Bréfritari: Þuríður Hallgrímsdóttir
Viðtakandi: Sólveig Jónsdóttir
Dagsetning: A-1851-01-08
Skrifað á: Kirkjubæ  N-Múl.
Sólveig var dóttir Þuríðar

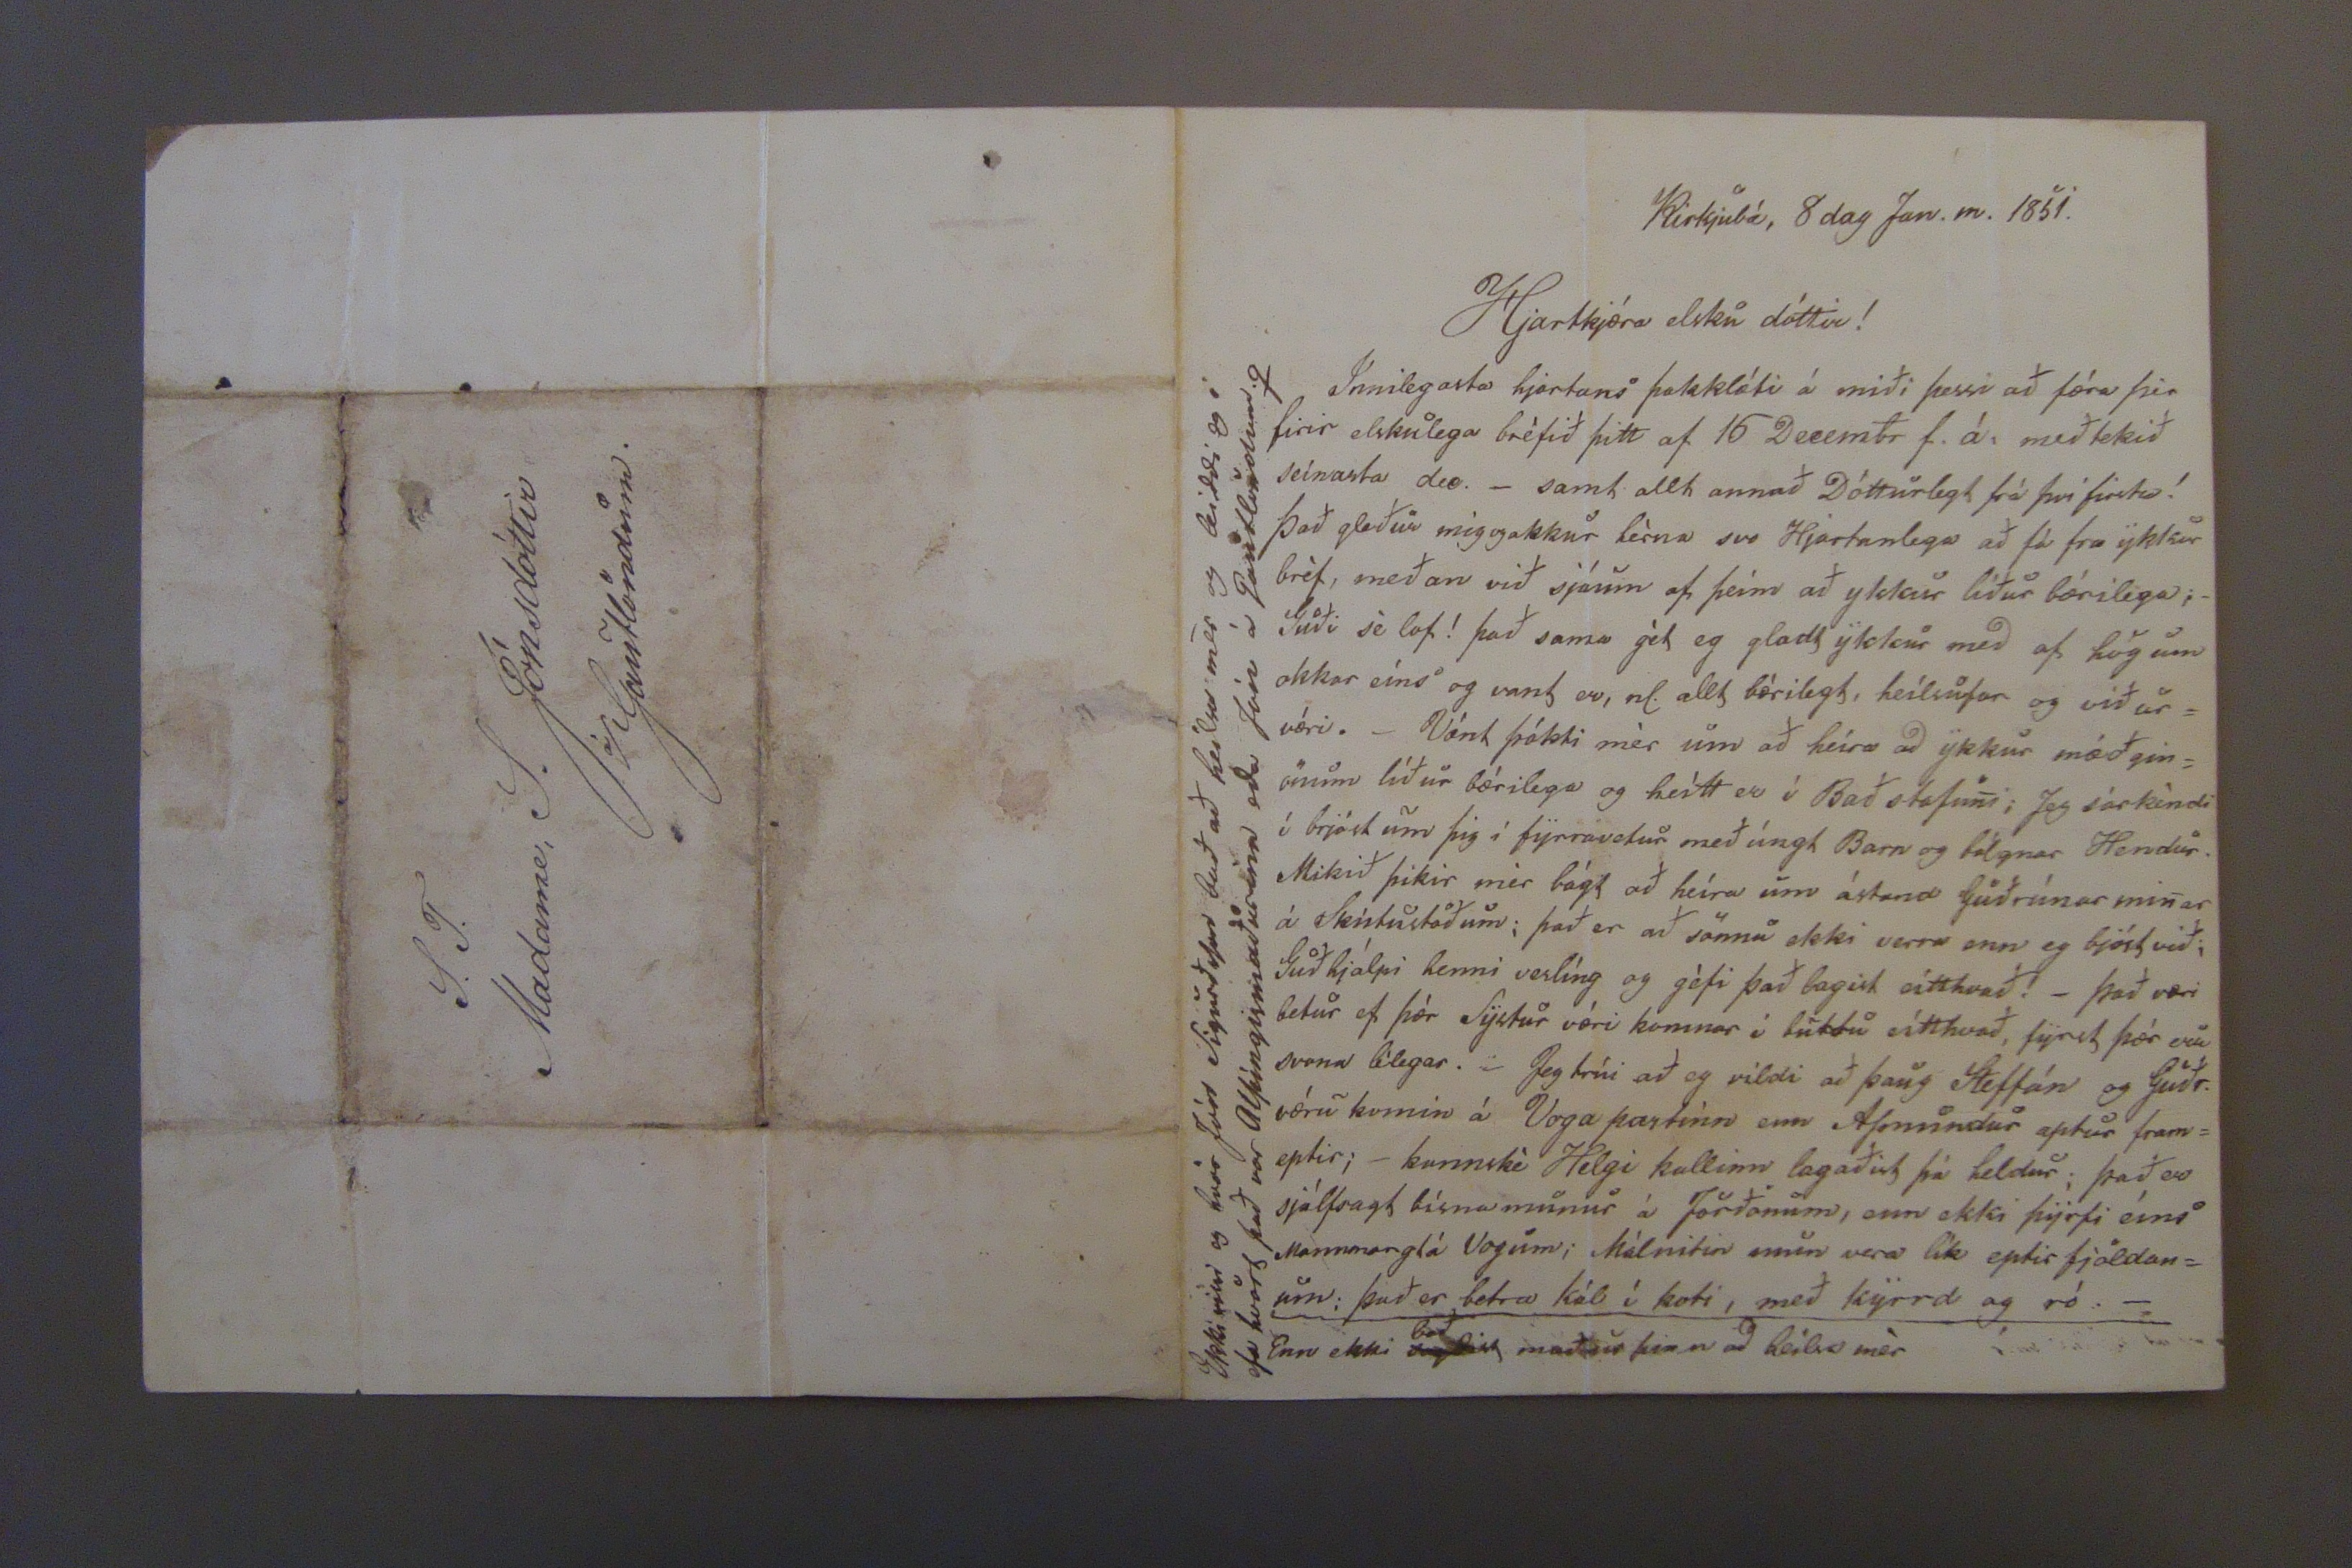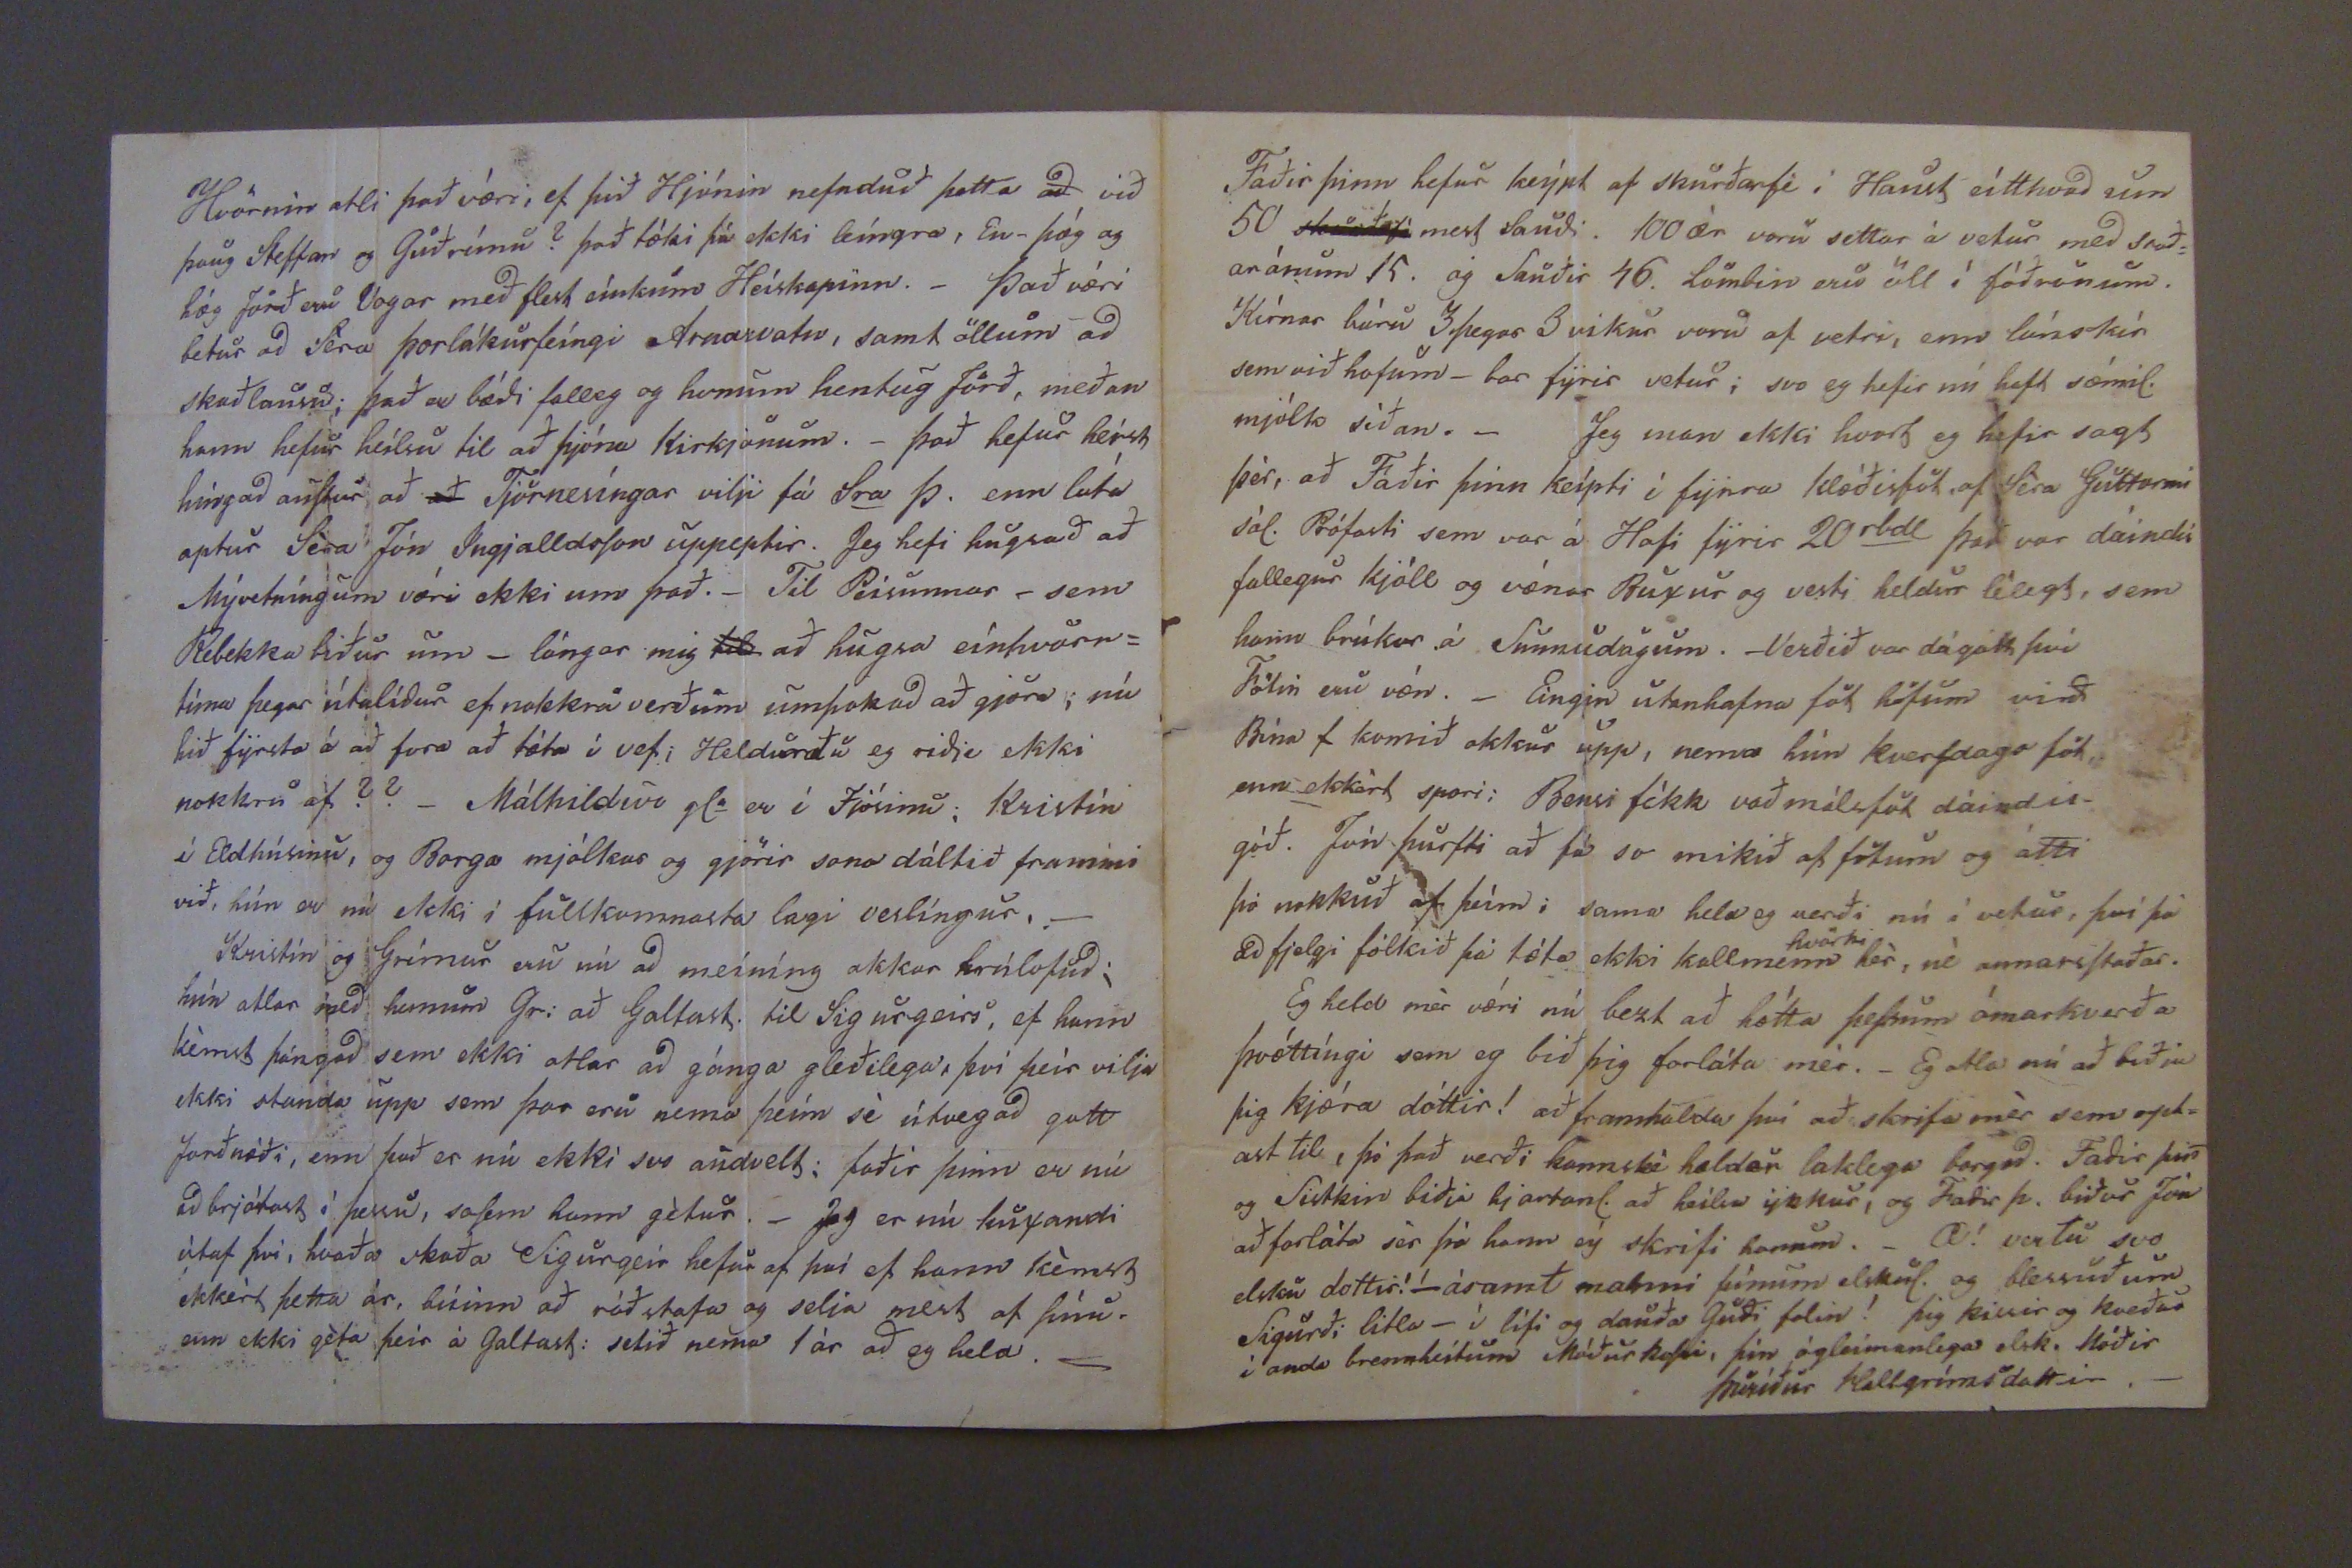

Kirkjubæ, 8 dag Jan. m. 1851
Hjartkjæra elsku dóttir!
Innilegasta hjartans þakklæti á miði þessi að færa þer firir elskulega bréfið þitt af 16 Decembr f. á. með tekið seinasta dec. _ samt allt annað Dótturlegt frá því firsta! Það gleður mig og okkur hérna svo Hjartanlega að fá fra ykkur bréf, meðan við sjáum af heím að ykkur líður bæriliga;_ Guði sé lof! það sama gét eg gladt ykkur med af hug um okkar eins og vant er, nl. allt bærilegt, heílsufar og við ur= væri. _ Vænt þókti mér um að heíra ad ykkur mæðgin = önum líður bærilega og heítt er í Bað stofuni; Jeg sárkíndi í brjóst um þig í fyrravetur með úngt Barn og bólgnar Hendur. Mikið þikir mér bágt að heíra um ástand Guðrúnar minar á Skútustöðum; það er að sönnu ekki verra enn eg bjóst við; Guð hjálpi henni veslíng og géfi þad bagist eitthvad! _ það væri betur ef þér Systur væri komnar í
burtu
eitthvað, fyrst þær eru svona lélegar. _ Jeg trúi að eg vildi að þaug Steffán og Guðr. væru komin á Voga partinn enn Asmundur aptur fram= eptir; _ kannské Helgi kallinn lagaðist þá heldur; það er sjálfsagt bísna munur á Jörðonum, enn ekki þyrfi eíni Mannmar
gt á
Vogum; kálnitin mun vera lík eptir fjöldan= um: það er betra kál í koti, með kyrrd og ró._ Enn ekki
segdist
Bað
maður þinn ad heilsa mér
Ekki vissi og hvar Jón Sigurðsson bað að heilsa mér og beiddi og i efa hvort það var alþíngismaðurinn eda Jón á Gautlöndum.q
Hvörnin atli það væri, ef þið Hjónin nefnduð þetta
að
við þaug Steffan og Guðrúnu? það tæki þá ekki leíngra, En_ þæg og hæg Jorð eru Vogar með flest einkum Heiskapinn._ Það væri betur ad Séra þorlákur feíngi Arnarvatn, samt öllum ad skaðlausu; það er bædi falleg og honum hentug jörð, meðan hann hefur heilsu til að þjóna Kirkjonum._ það hefur heíst hingad austur að
að
Tjörnesíngar vilji fá S
ra
Þ. enn lúta aptur Séra Jón Ingjalldsson uppeptir. Jeg hefi hugsað að Mývetníngum væri ekki um það._ Til Peisunnar _ sem Rebekka biður um _ lángar mig
til
að hugsa einhvörn= tíma þegar
vítalídur
ef nokkru verðum umþokad að gjöra; nú bið fyrsta á að fara að tæta í vefi Heldurðu eg riðje ekki nokkru af??_ Málhildur gl er í Fjósinu; Kristín í Eldhúsinu, og Borga mjólkar og gjörir sona dáltið frammi við, hún er nú ekki í fullkomnasta lagi veslíngur._ Kristín og Grímur eru nú ad meining okkur trúlofud; hún atlar med honum gr: að haltast til Sigurgeirs, ef hann kémst þángad sem ekki atlar ad gánga gleðilega, því þeir vilja ekki standa upp sem þar eru nema þeím sé útvegad gott jarðnæði, enn það er nú ekki svo audvelt: faðir þinn er nú ad brjótast í þessu, sosem hann gétur._ Jeg er nú huxandi útaf því, hvaða skaða Sigurgeir hefur af því ef hann kémst ekkert þetta ár, búinn að ráðstafa og velja mest af sínu. enn ekki géta þeir á galtast: setid nema 1 ár að eg held._
Faðir þinn hefur keýpt af skurðarfi í Haust eitthvað um 50
skurðarf
mest saudi. 100 ær voru settar á vetur med
trað=
ar ánum 15. og Sauðir 46. lömbin eru öll í fóðrunum. Kírnar báru 3 þegar 3 vikur voru af vetri, enn lánskír sem við hofum _ bar fyrir vetur; svo eg hefir nú haft sæmil. mjólk síðan._ Jeg man ekki hvort eg hefir sagt þér, að Faðir þinn keípti í fyrra klædisþök af Séra Guttormi sál. Prófasti sem var á Hofi fyrir 20
rkdl
það var dáindis fallegur kjóll og vænar Buxur og vesti heldur lélegs, sem hann brúkar á Sunnudögum._ Verðið var dágott því Fötin eru væn._ Eingin utanhafna föt höfum við Bína f komið okkur upp, nema hún kversdags föt, enn ekkert spori; Bensi fékk vaðmálsföt dáindis- góð. Jón þurfti að fá so mikið af fötum og átti þó nokkuð af þeimm i sama held eg verði nú í vetur, því þá ad fjolgi fólkið þá tæta ekki kallmenn
hvorki
hér, né annarsstaðar. Eg held mér væri nú best að hætta þessum ómarkverða þvættíngi sem eg bið þig forláta mér._ Eg atla nú að biðja þig kjæra dóttir! að framhalda því að skrifa mér sem opt= ast til, þó það verði kannské heldur laklega borgad. Fadir þin og Sistkin biðja hjartanl. að heilsa ykkur, og Fadir þ. biður Jón að forláta sér þó hann og skrifi honum._ Æ! vertu svo elsku dóttir! ásamt manni þínum elskul. og blessuð um Sigurð; litla_ í lífi og dauða Guði falin! þig þikir kveður í anda brennheitum Móðurkossi, þín ógleimanlega elsk. Móðir
þuríður Hallgrímsdottir._
S. T. Madame, S. Jónsdóttir á Gautlöndum.